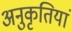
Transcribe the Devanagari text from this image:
अनुकृतियां